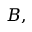
B ,